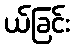
ယ်ခြင်း